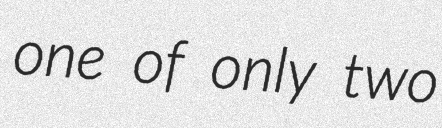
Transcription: one of only two